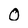
Character: 0